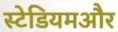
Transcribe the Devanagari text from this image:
स्टेडियमऔर